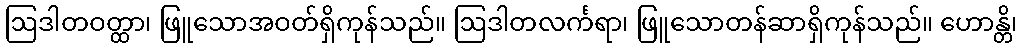
ဩဒါတဝတ္ထာ၊ ဖြူသောအဝတ်ရှိကုန်သည်။ ဩဒါတလင်္ကရာ၊ ဖြူသောတန်ဆာရှိကုန်သည်။ ဟောန္တိ၊